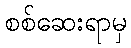
စစ်ဆေးရာမှ